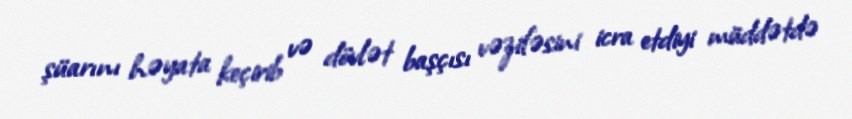
şüarını həyata keçirib və dövlət başçısı vəzifəsini icra etdiyi müddətdə